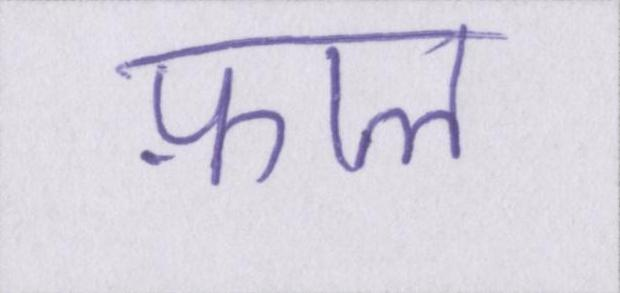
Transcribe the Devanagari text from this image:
फ़ाल